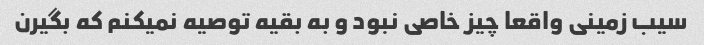
سیب زمینی واقعا چیز خاصی نبود و به بقیه توصیه نمیکنم که بگیرن